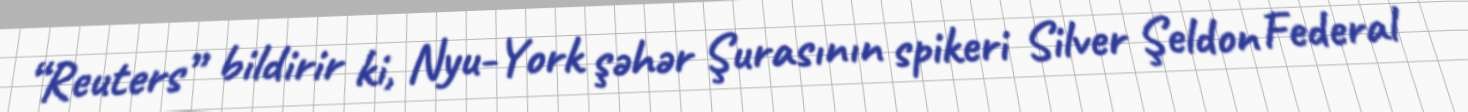
“Reuters” bildirir ki, Nyu-York şəhər Şurasının spikeri Silver Şeldon Federal